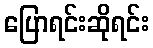
ပြောရင်းဆိုရင်း